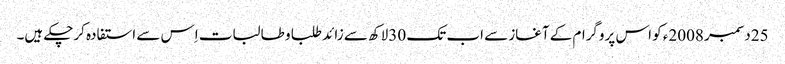
25دسمبر 2008ء کو اس پروگرام کے آغاز سے اب تک 30لاکھ سے زائد طلبا و طالبات اِس سے استفادہ کرچکے ہیں۔